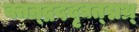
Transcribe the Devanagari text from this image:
क्तन्र्द्रददृद्यत्द्मथ्र्